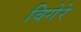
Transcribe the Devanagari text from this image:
विगेरे